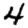
Digit: 4